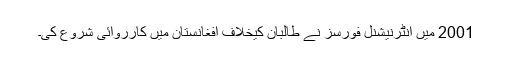
2001 میں انٹرنیشنل فورسز نے طالبان کیخلاف افغانستان میں کارروائی شروع کی۔